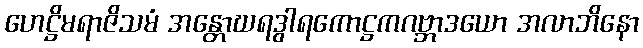
ဟေဋ္ဌိမရာဇိသမံ အန္တောဃရဒွါရကောဋ္ဌကဂဗ္ဘာဒယော အလာဘိနော